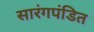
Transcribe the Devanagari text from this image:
सारंगपंडित